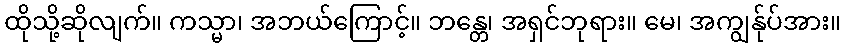
ထိုသို့ဆိုလျက်။ ကသ္မာ၊ အဘယ်ကြောင့်။ ဘန္တေ၊ အရှင်ဘုရား။ မေ၊ အကျွန်ုပ်အား။